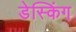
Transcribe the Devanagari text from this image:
डेस्किंग